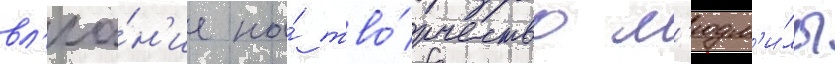
вл'иа́н'ие на́ тво́рчество л'юдм'и́лы